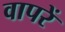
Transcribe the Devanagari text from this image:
वापरें